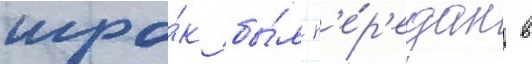
игро́к бы́л п'е́р'едан в